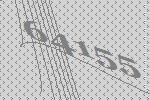
64155